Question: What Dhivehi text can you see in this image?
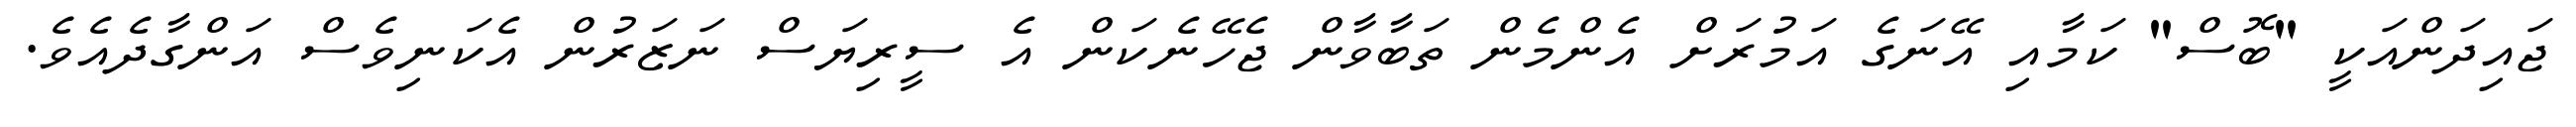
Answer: ޖައިދަންއަކީ "ބޮސް" ކަމާއި އޭނަގެ އަމުރަށް އެންމެން ތަބާވާން ޖެހޭނެކަން އެ ސީރިޔަސް ނަޒަރުން އެކަނިވެސް އަންގާދެއެވެ.